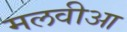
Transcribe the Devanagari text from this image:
मलवीआ